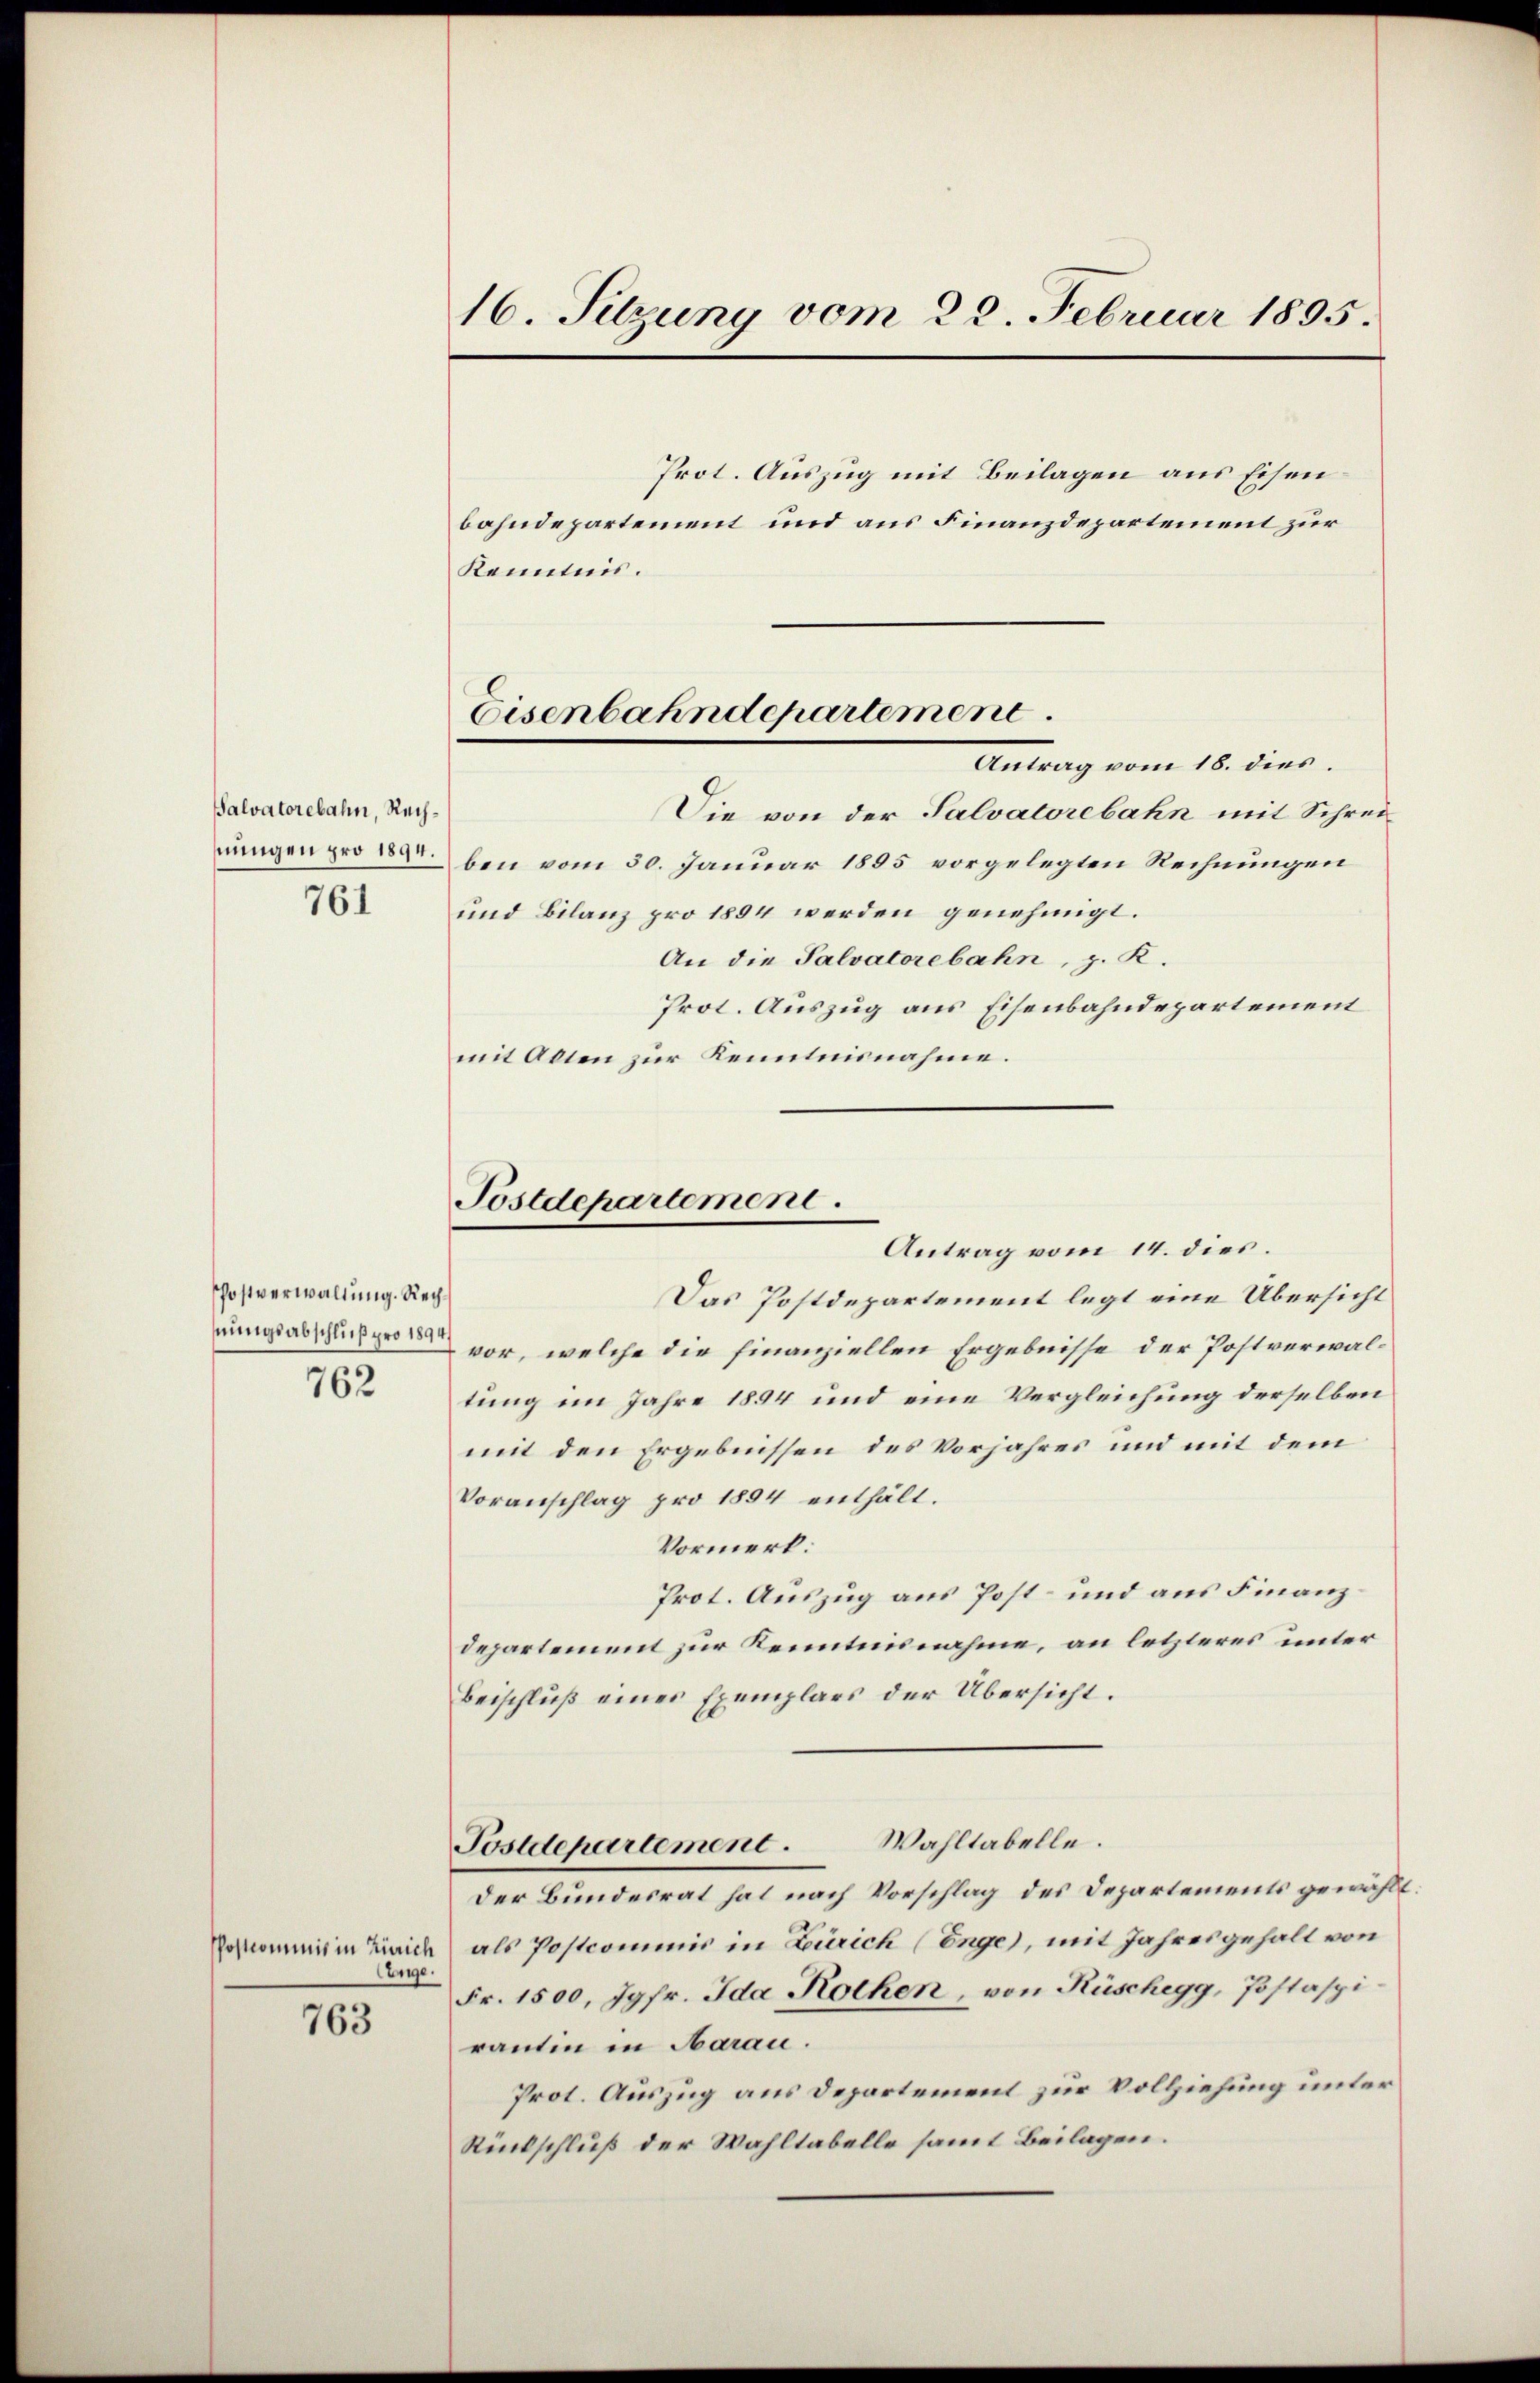
Salvatorebahn, Rech¬
761

Postverwaltung. Rech¬
762

Enge:

763

16. Sitzung vom 22. Februar 1895.

Kenntnis.

Die von der Palvatorebahn mit Schreinungen proben vom 30. Januar 1885 vorgelegten Rechnungen
und Bilanz pro 1894 werden genehmigt.
An die Salvatorebahn, z. K.
Prot. Auszug aus Eisenbahndepartement
mit Alten zur Kenntnisnahme.

Eisenbahndepartement.
Antrag vom 18. dies

Prot. Auszug mit Beilagen aus Eisenbahndepartement und aus Finanzdepartement zur

Postdepartement.
Antrag vom 14. dies.

Das Postdepartement legt eine Übersicht
nungsabschliche vor, welche die finanziellen Ergebnisse der Postverwaltung im Jahre 1894 und eine Vergleichung derselben
mit den Ergebnissen des Vorjahres und mit dem
Voranschlag pro 1894 enthält.
Vormerk:
Prot. Auszug aus Post- und aus Finanzdepartement zur Kenntnisnahme, an letzteres unter
Beischluß eines Exemplars der Übersicht.
Wahltabelle.
Postdepartement.
Der Bundesrat hat nach Vorschlag des Departements gewählt
Postcommis in Zürich als Postcommis in Zürich (Enge), mit Jahresgehalt von
Fr. 1500, Jgfr. Ida Rothen, von Rüschegg, Postaspirantin in Aarau.
Prot. Auszug aus Departement zur Vollziehung unter¬
Rückschluß der Wahltabelle sammt Beilagen.